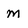
Character: M